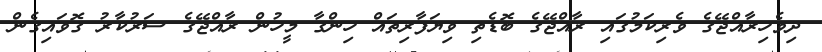
ދިވެހިރާއްޖޭގެ ވެރިކަމުގައި ރާއްޖޭގެ ބޮޑެތި ވިޔަފާރިތައް ހިންގާ މީހުން ރާއްޖޭގެ ސަރުކާރު ގޮވައިގެން